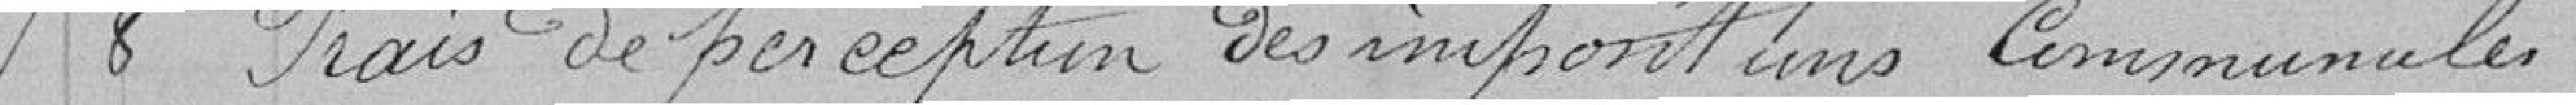
8 - Frais de perception des impositions communales